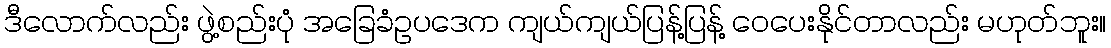
ဒီလောက်လည်း ဖွဲ့စည်းပုံ အခြေခံဥပဒေက ကျယ်ကျယ်ပြန့်ပြန့် ဝေပေးနိုင်တာလည်း မဟုတ်ဘူး။